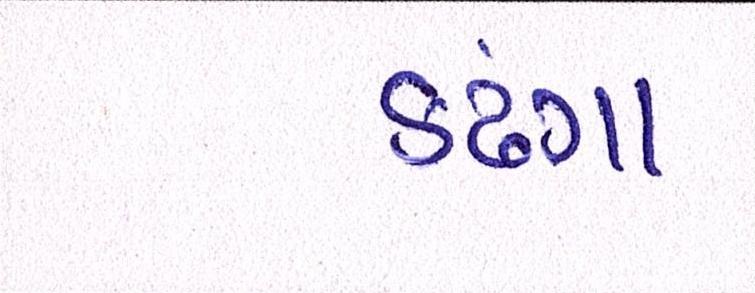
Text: કઢંગા